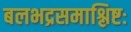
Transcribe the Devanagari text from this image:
बलभद्रसमाश्लिष्टः